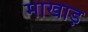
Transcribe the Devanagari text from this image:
माखाड़